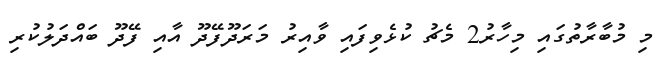
މި މުބާރާތުގައި މިހާރު2 މެޗު ކުޅެވިފައި ވާއިރު މަރަދޫފޭދޫ އާއި ފޭދޫ ބައްދަލުކުރި